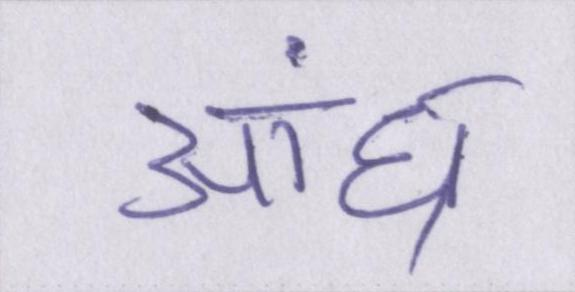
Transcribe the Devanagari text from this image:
आंध्र